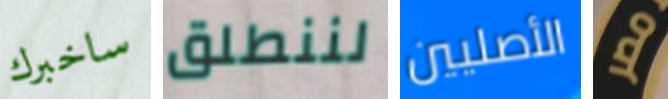
ساخبرك لننطلق الأصليين مصر